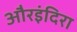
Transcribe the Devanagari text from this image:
औरइंदिरा